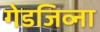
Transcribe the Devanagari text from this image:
गेडजिव्ना